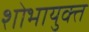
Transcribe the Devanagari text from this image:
शोभायुक्त